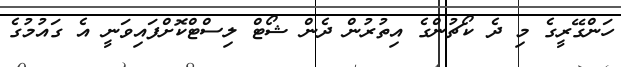
ހަންގޭރީގެ މި ދެ ކޯޗުންގެ އިތުރުން ދެން ޝޯޓް ލިސްޓްކޮށްފައިވަނީ އެ ގައުމުގެ